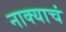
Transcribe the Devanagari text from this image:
नाक्याचं